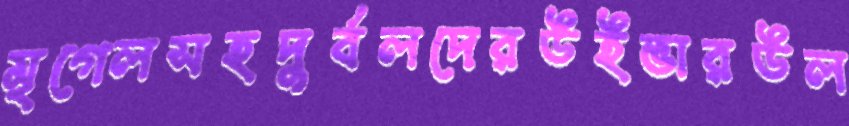
মৃগেলসহদুর্বলদেরউইভারউল